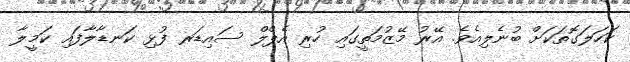
ކަހަލަގޮތަކަށް ބުނެލިއެވެ. އޭރު މޭޒުމަތީގައި ހުރި އެޕްލް ސައިޑަރ ފުޅި ކަނޑާލާފައި ކަމީލާ